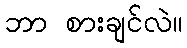
ဘာ စားချင်လဲ။